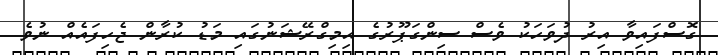
ގޮސްފައިވާ އިރު ދުވަހަކު ވެސް ސިންގަޕޫރުގެ އިމިގްރޭޝަނުގައި މަޑު ކުރާން ޖެހިފައެއް ނުވެ